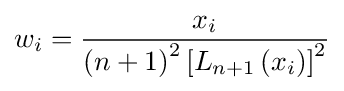
w_{i}={\frac {x_{i}}{\left(n+1\right)^{2}\left[L_{n+1}\left(x_{i}\right)\right]^{2}}}